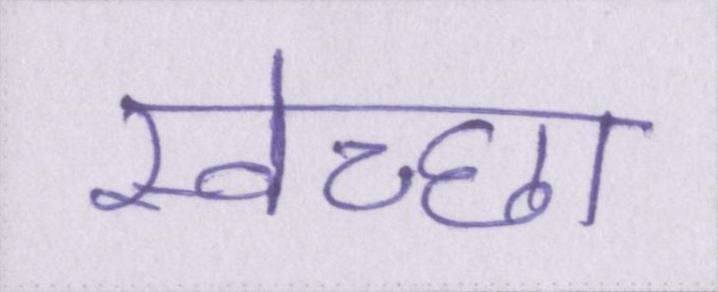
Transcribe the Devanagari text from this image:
स्वेच्छा